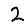
Digit: 2